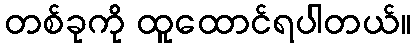
တစ်ခုကို ထူထောင်ရပါတယ်။